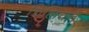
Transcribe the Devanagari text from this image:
चिलिचने